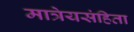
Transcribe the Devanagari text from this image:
मात्रेयसंहिता